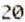
20